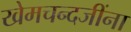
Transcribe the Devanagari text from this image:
खेमचन्दजींना